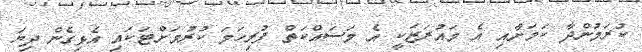
ކުރަމުންދާ ކަމަށާއި އެ މައުރަޒަކީ އެ މަސައްކަތް ފުރިހަމަ ކުރުމަށްޓަކައި އެޅިގެން ދިޔަ